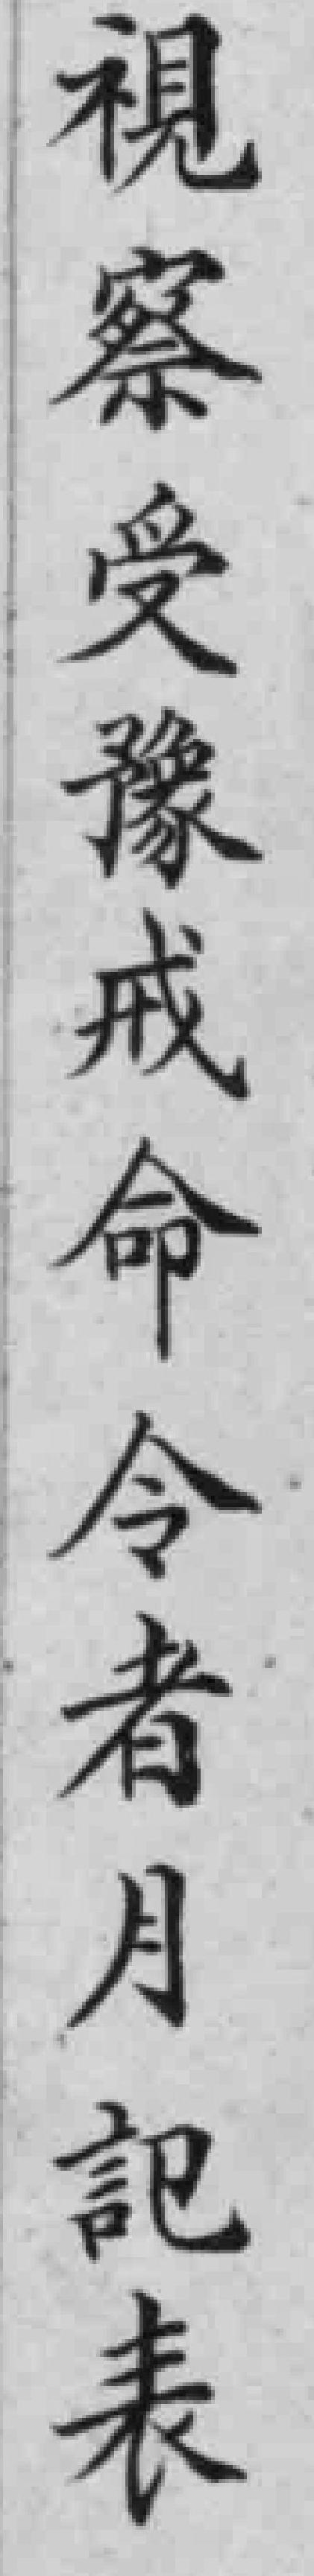
視察受豫戒命令者月記表